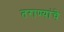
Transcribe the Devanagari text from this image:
तराण्यांचे